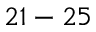
2 1 - 2 5